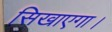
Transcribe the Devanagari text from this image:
सिखाएगा।